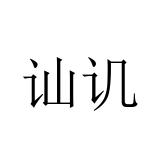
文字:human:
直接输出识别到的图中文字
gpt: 讪讥